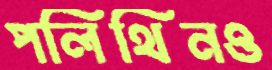
পলিথিনও